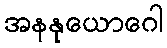
အနနုယောဂေါ